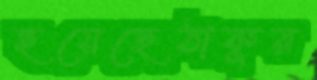
হয়েছেঠাকুর